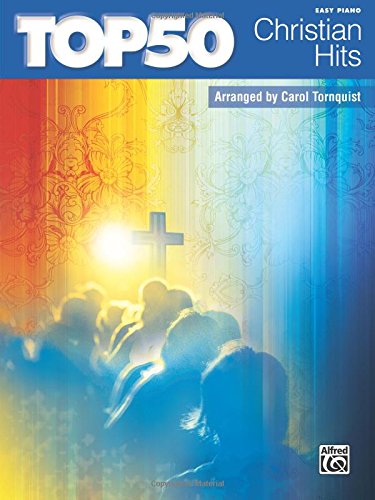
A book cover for Top 50 Christian Hits: Easy Piano; Carol Tornquist; Christian Books & Bibles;